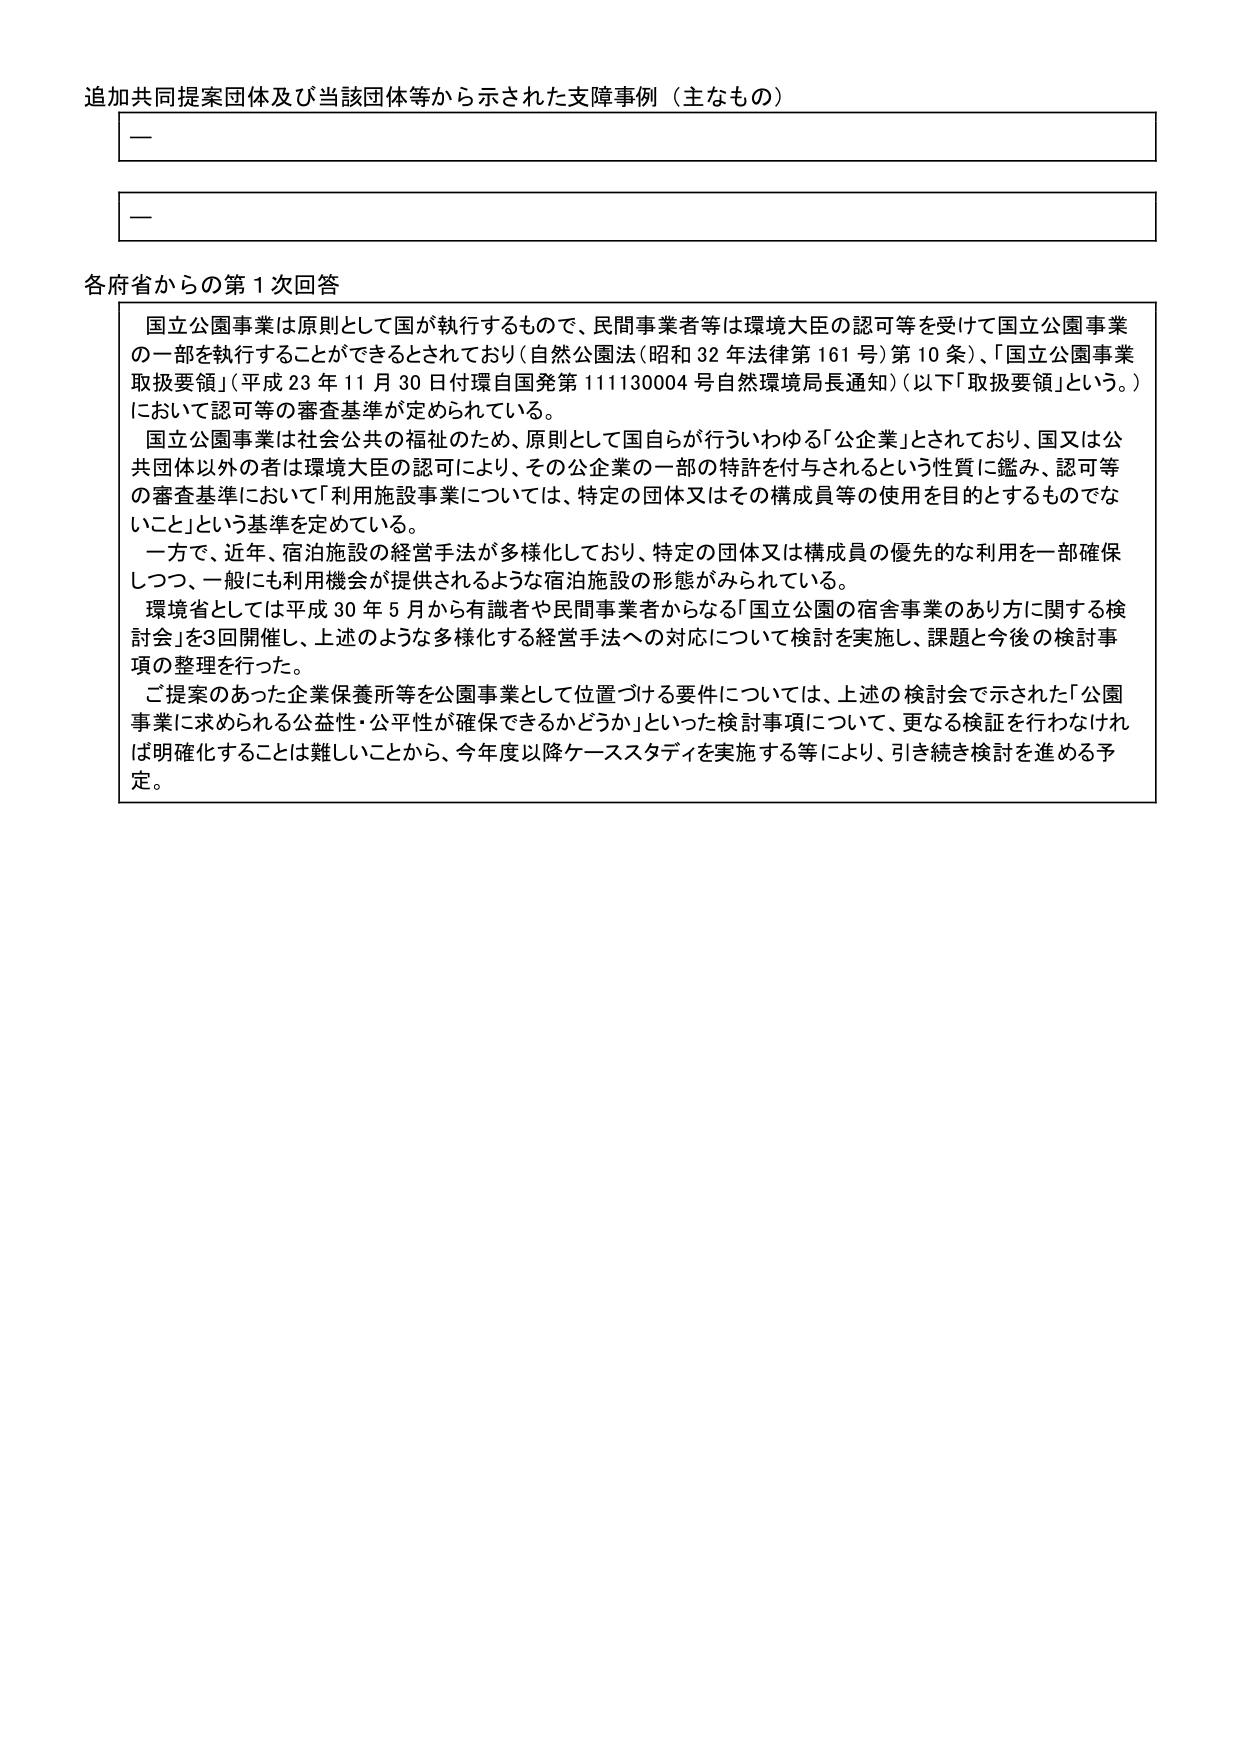
追加共同提案団体及び当該団体等から示された支障事例（主なもの）

—

—

各府省からの第1次回答

国立公園事業は原則として国が執行するもので、民間事業者等は環境大臣の認可等を受けて国立公園事業の一部を執行することができるとしており（自然公園法（昭和32年法律第161号）第10条）、「国立公園事業取扱要領」（平成23年11月30日付環自国発第111130004号自然環境局長通知）（以下「取扱要領」という。）において認可等の審査基準が定められている。

国立公園事業は社会公共の福祉のため、原則として国自らが行ういわゆる「公企業」とされており、国又は公共団体以外の者は環境大臣の認可により、その公企業の一部の特許を付与されるという性質に鑑み、認可等の審査基準において「利用施設事業については、特定の団体又はその構成員等の使用を目的とするものでない」という基準を定めている。

一方で、近年、宿泊施設の経営手法が多様化しており、特定の団体又は構成員の優先的な利用を一部確保しつつ、一般にも利用機会が提供されるような宿泊施設の形態がみられている。

環境省としては平成30年5月から有識者や民間事業者からなる「国立公園の宿舎事業のあり方に関する検討会」を3回開催し、上述のような多様化する経営手法への対応について検討を実施し、課題と今後の検討事項の整理を行った。

ご提案のあった企業保養所等を公園事業として位置づける要件については、上述の検討会で示された「公園事業に求められる公益性・公平性が確保できるかどうか」といった検討事項について、更なる検証を行わなければ明確化することは難しいことから、今年度以降ケーススタディを実施する等により、引き続き検討を進める予定。